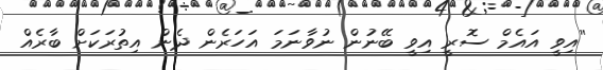
''އިވީ އައެމް ސޮރީ އިވީ ބޭނުން ނުވާނަމަ އަހަރެން ދެން އިތުރަކަށް ބާރެއް